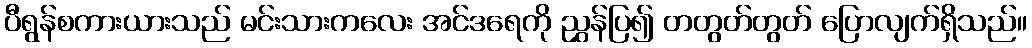
ပီရွန်စကားယားသည် မင်းသားကလေး အင်ဒရေကို ညွှန်ပြ၍ တတွတ်တွတ် ပြောလျက်ရှိသည်။